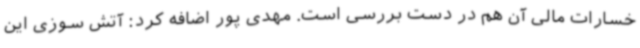
خسارات مالی آن هم در دست بررسی است. مهدی پور اضافه کرد: آتش سوزی این